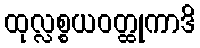
ထုလ္လစ္စယဝတ္ထုကာဒိ